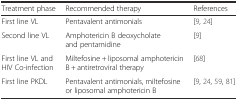
<table><thead><tr><td><b>Treatment phase</b></td><td><b>Recommended therapy</b></td><td><b>References</b></td></tr></thead><tbody><tr><td>First line VL</td><td>Pentavalent antimonials</td><td>[9, 24]</td></tr><tr><td>Second line VL</td><td>Amphotericin B deoxycholate and pentamidine</td><td>[9]</td></tr><tr><td>First line VL and HIV Co-infection</td><td>Miltefosine + liposomal amphotericin B + antiretroviral therapy</td><td>[68]</td></tr><tr><td>First line PKDL</td><td>Pentavalent antimonials, miltefosine or liposomal amphotericin B</td><td>[9, 24, 59, 81]</td></tr></tbody></table>